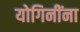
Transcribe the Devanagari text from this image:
योगिनींना